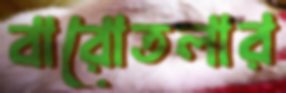
বারোতলার